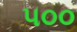
૫૦૦